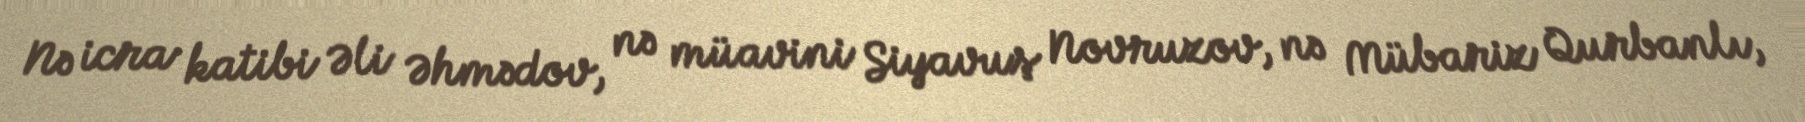
Nə icra katibi Əli Əhmədov, nə müavini Siyavuş Novruzov, nə Mübariz Qurbanlı,